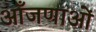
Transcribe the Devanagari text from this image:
आँजणाओं